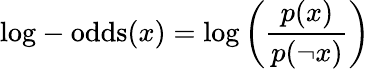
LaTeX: {\mathrm{log-odds}}(x)=\log\left({\frac{p(x)}{p(\lnot x)}}\right)